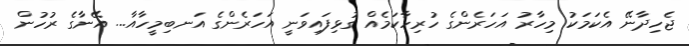
ޖެހިދާނޭ އެކަމަކު މިހާރު އަހަރެންގެ ހުރިހާކަމެއް ގުޅިފައިވަނީ އަހަރެންގެ އަނބިމީހާއާ... އޭނާގެ ރުހުން